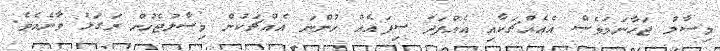
މިސާލު ޖަހާނަމަވެސް އެއެއްޗަކާއި އެއްފަދަ ސިފައެއް ހުންނަ އެއްޗަކުން މިސާލުޖެހުން ރަގަޅު ވާނެއެވެ.